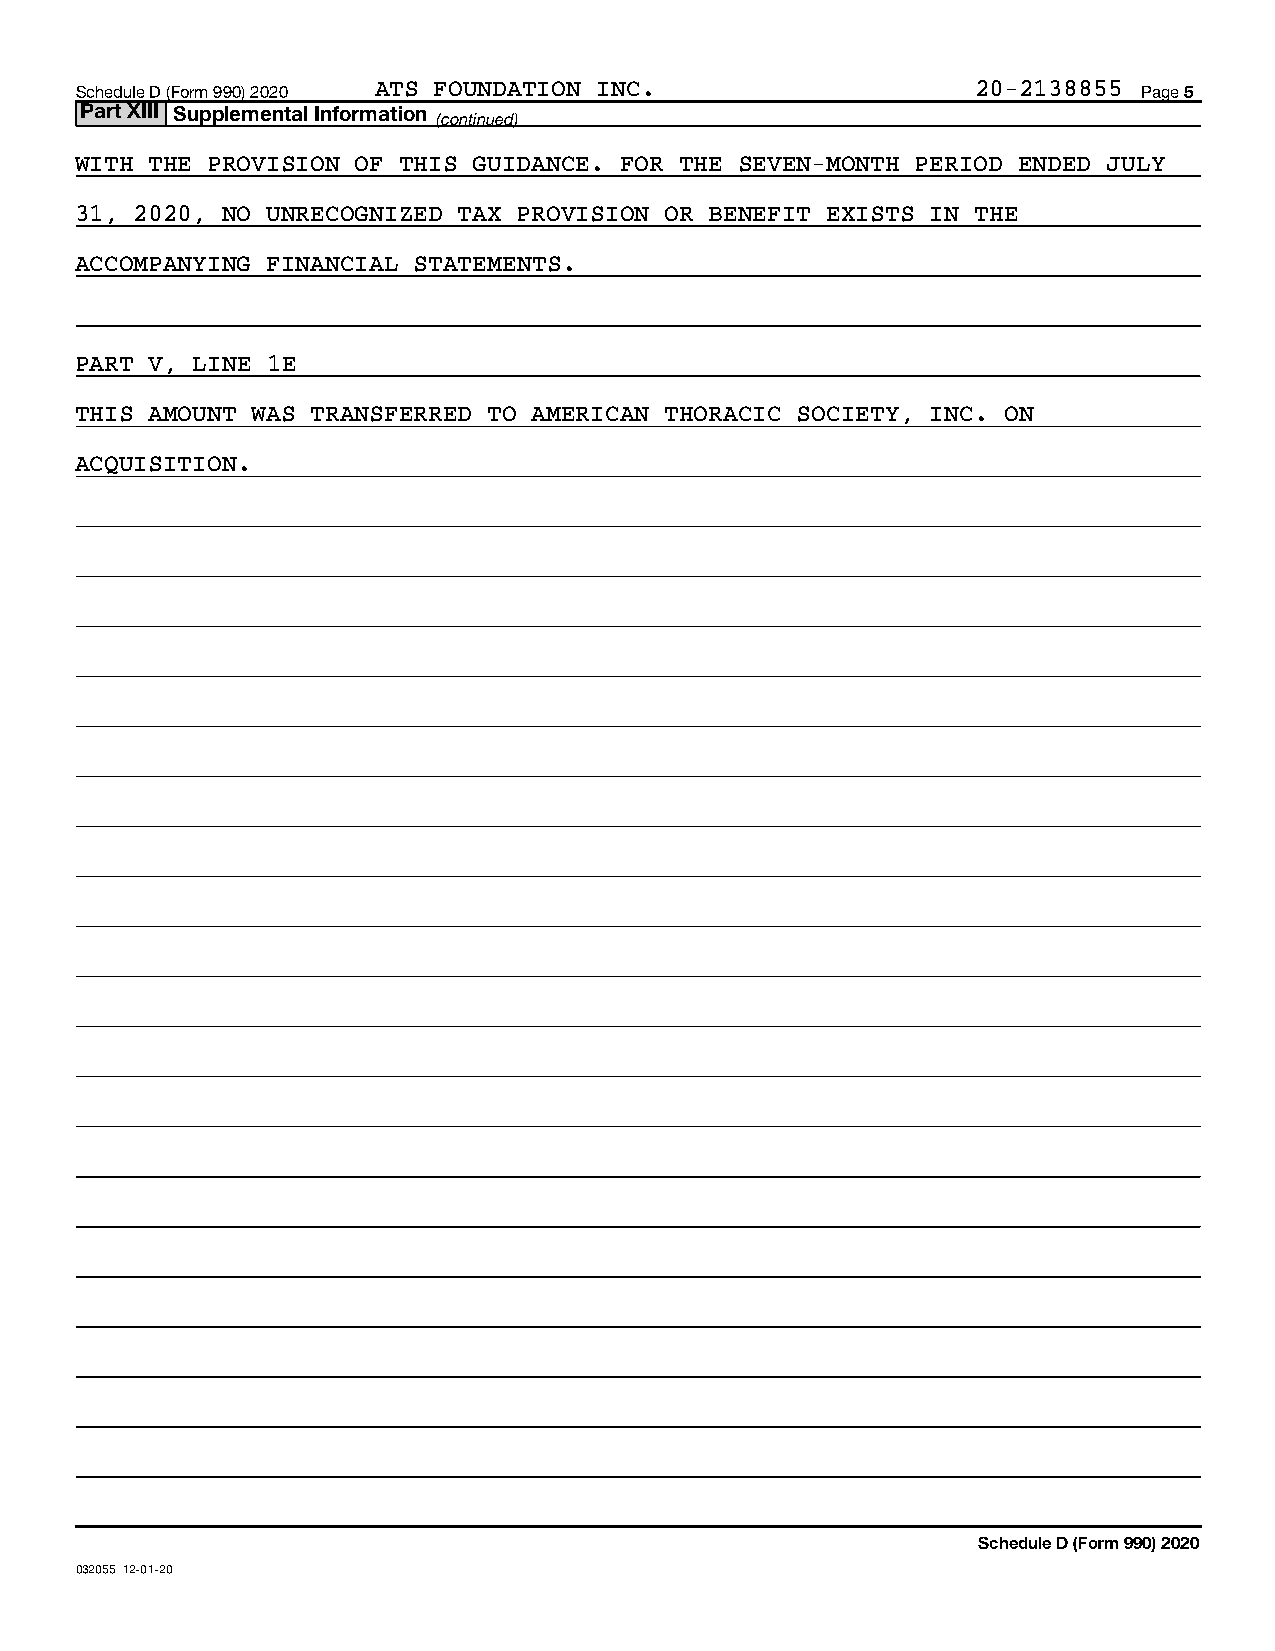
Schedule D (Form 990) 2020 ATS FOUNDATION INC.              20-2138855 Page 5
 Part XIII Supplemental Information
 (continued)
 WITH THE PROVISION OF THIS GUIDANCE. FOR THE SEVEN-MONTH PERIOD ENDED JULY
 31, 2020, NO UNRECOGNIZED TAX PROVISION OR BENEFIT EXISTS IN THE
 ACCOMPANYING FINANCIAL STATEMENTS.
 PART V, LINE 1E
 THIS AMOUNT WAS TRANSFERRED TO AMERICAN THORACIC SOCIETY, INC. ON
 ACQUISITION.
 Schedule D (Form 990) 2020
 032055 12-01-20